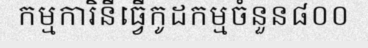
កម្មការិនីធ្វើកូដកម្មចំនួន៨០០